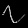
Digit: ၇